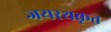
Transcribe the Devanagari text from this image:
जयरथकृत